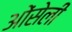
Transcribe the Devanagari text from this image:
ओंसेली